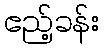
ဧည့်ခန်း